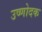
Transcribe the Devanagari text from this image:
उष्णोदक